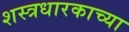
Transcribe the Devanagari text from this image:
शस्त्रधारकाच्या